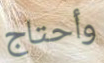
وأحتاج